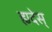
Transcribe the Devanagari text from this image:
ह्यदेस्